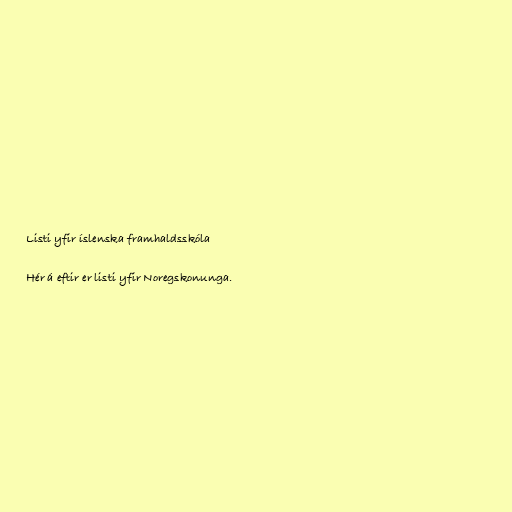
Listi yfir íslenska framhaldsskóla

Hér á eftir er listi yfir Noregskonunga.